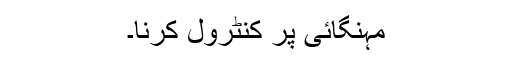
مہنگائی پر کنٹرول کرنا۔